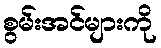
စွမ်းအင်များကို